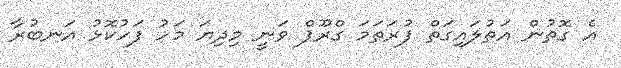
އެ ގޮތުން އަތުލައިގަތް ފުރަތަމަ ގްރޫޕް ވަނީ މިދިޔަ މަހު ފަހުކޮޅު އަނބުރާ